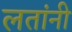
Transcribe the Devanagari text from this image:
लतांनी